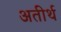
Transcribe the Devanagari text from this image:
अतीर्थ